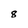
Character: 8